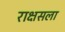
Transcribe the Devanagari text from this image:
राक्षसला